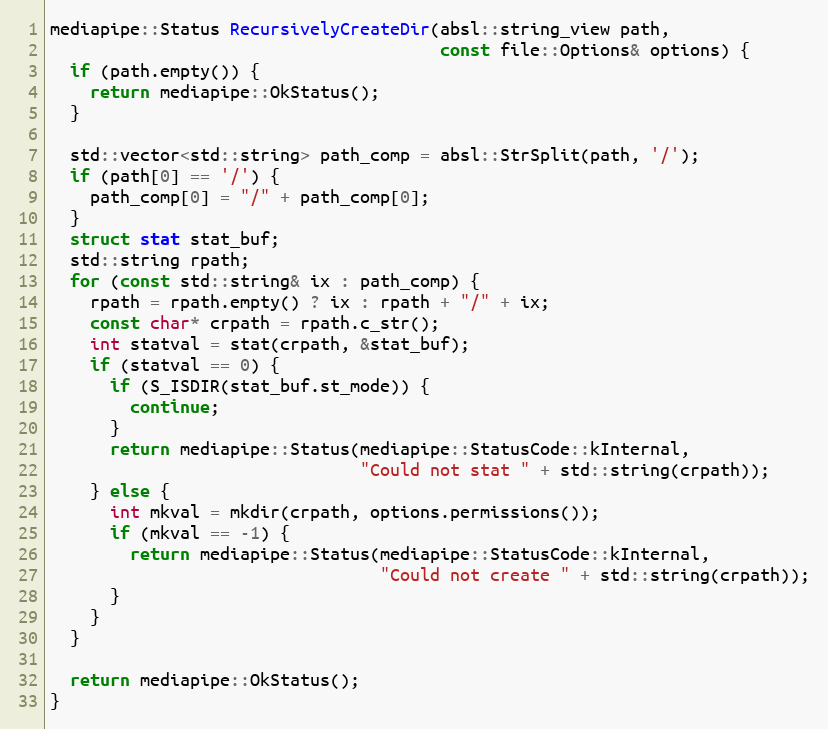
Language: C++
mediapipe::Status RecursivelyCreateDir(absl::string_view path,
                                       const file::Options& options) {
  if (path.empty()) {
    return mediapipe::OkStatus();
  }

  std::vector<std::string> path_comp = absl::StrSplit(path, '/');
  if (path[0] == '/') {
    path_comp[0] = "/" + path_comp[0];
  }
  struct stat stat_buf;
  std::string rpath;
  for (const std::string& ix : path_comp) {
    rpath = rpath.empty() ? ix : rpath + "/" + ix;
    const char* crpath = rpath.c_str();
    int statval = stat(crpath, &stat_buf);
    if (statval == 0) {
      if (S_ISDIR(stat_buf.st_mode)) {
        continue;
      }
      return mediapipe::Status(mediapipe::StatusCode::kInternal,
                               "Could not stat " + std::string(crpath));
    } else {
      int mkval = mkdir(crpath, options.permissions());
      if (mkval == -1) {
        return mediapipe::Status(mediapipe::StatusCode::kInternal,
                                 "Could not create " + std::string(crpath));
      }
    }
  }

  return mediapipe::OkStatus();
}